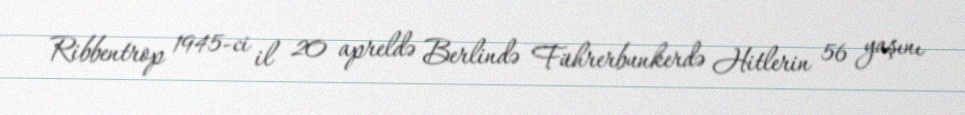
Ribbentrop 1945-ci il 20 apreldə Berlində Führerbunkerdə Hitlerin 56 yaşını